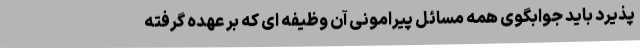
پذیرد باید جوابگوی همه مسائل پیرامونی آن وظیفه ای که بر عهده گرفته